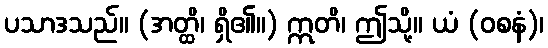
ပသာဒသည်။ (အတ္ထိ၊ ရှိ၏။) ဣတိ၊ ဤသို့။ ယံ (ဝစနံ)၊